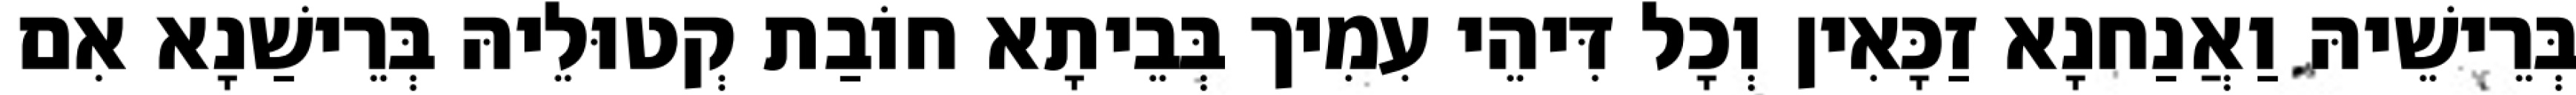
בְּרֵישֵׁיהּ וַאֲנַחנָא זַכָּאִין וְכָל דִּיהֵי עִמִיך בְּבֵיתָא חוֹבַת קְטוּלֵיהּ בְּרֵישַׁנָא אִם